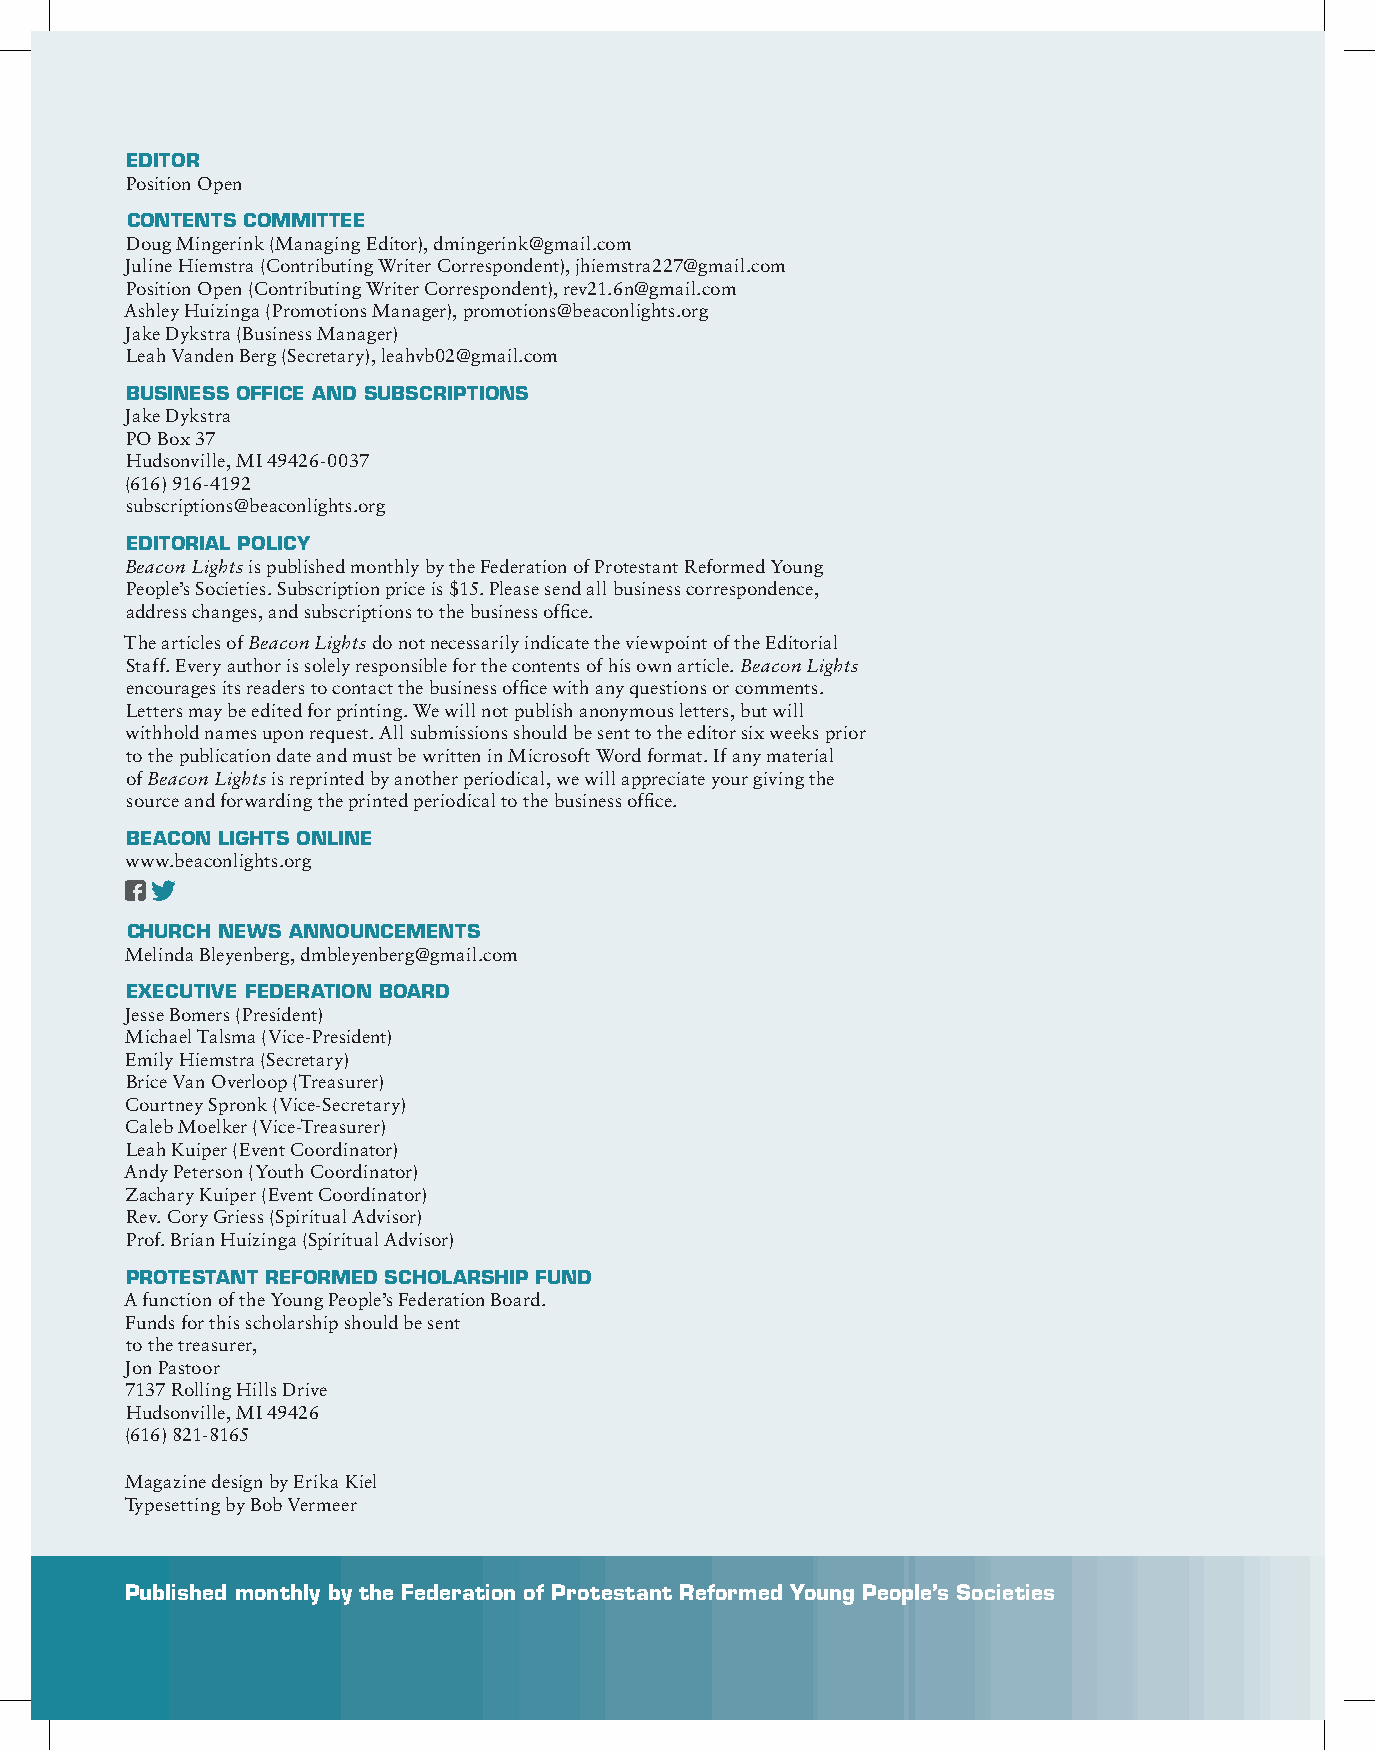
EDITOR
 Position Open
 CONTENTS COMMITTEE
 Doug Mingerink (Managing Editor), dmingerink@gmail.com
 Juline Hiemstra (Contributing Writer Correspondent), jhiemstra227@gmail.com
 Position Open (Contributing Writer Correspondent), rev21.6n@gmail.com
 Ashley Huizinga (Promotions Manager), promotions@beaconlights.org
 Jake Dykstra (Business Manager)
 Leah Vanden Berg (Secretary), leahvb02@gmail.com
 BUSINESS OFFICE AND SUBSCRIPTIONS
 Jake Dykstra
 PO Box 37
 Hudsonville, MI 49426-0037
 (616) 916-4192
 subscriptions@beaconlights.org
 EDITORIAL POLICY
 Beacon Lights is published monthly by the Federation of Protestant Reformed Young
 People’s Societies. Subscription price is $15. Please send all business correspondence,
 address changes, and subscriptions to the business office.
 The articles of Beacon Lights do not necessarily indicate the viewpoint of the Editorial
 Staff. Every author is solely responsible for the contents of his own article. Beacon Lights
 encourages its readers to contact the business office with any questions or comments.
 Letters may be edited for printing. We will not publish anonymous letters, but will
 withhold names upon request. All submissions should be sent to the editor six weeks prior
 to the publication date and must be written in Microsoft Word format. If any material
 of Beacon Lights is reprinted by another periodical, we will appreciate your giving the
 source and forwarding the printed periodical to the business office.
 BEACON LIGHTS ONLINE
 www.beaconlights.org
 CHURCH NEWS ANNOUNCEMENTS
 Melinda Bleyenberg, dmbleyenberg@gmail.com
 EXECUTIVE FEDERATION BOARD
 Jesse Bomers (President)
 Michael Talsma (Vice-President)
 Emily Hiemstra (Secretary)
 Brice Van Overloop (Treasurer)
 Courtney Spronk (Vice-Secretary)
 Caleb Moelker (Vice-Treasurer)
 Leah Kuiper (Event Coordinator)
 Andy Peterson (Youth Coordinator)
 Zachary Kuiper (Event Coordinator)
 Rev. Cory Griess (Spiritual Advisor)
 Prof. Brian Huizinga (Spiritual Advisor)
 PROTESTANT REFORMED SCHOLARSHIP FUND
 A function of the Young People’s Federation Board.
 Funds for this scholarship should be sent
 to the treasurer,
 Jon Pastoor
 7137 Rolling Hills Drive
 Hudsonville, MI 49426
 (616) 821-8165
 Magazine design by Erika Kiel
 Typesetting by Bob Vermeer
 Published monthly by the Federation of Protestant Reformed Young People’s Societies